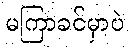
မကြာခင်မှာပဲ